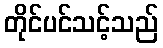
တိုင်ပင်သင့်သည်